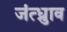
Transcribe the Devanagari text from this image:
जंत्ध्रुाव